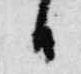
日